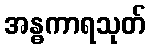
အန္ဓကာရသုတ်